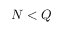
N < Q